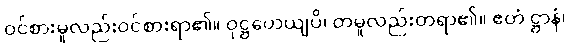
ဝင်စားမူလည်းဝင်စားရာ၏။ ဝုဋ္ဌဟေယျပိ၊ တမူလည်းတရာ၏။ ဧတံ ဋ္ဌာနံ၊